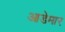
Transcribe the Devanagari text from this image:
आडेमार